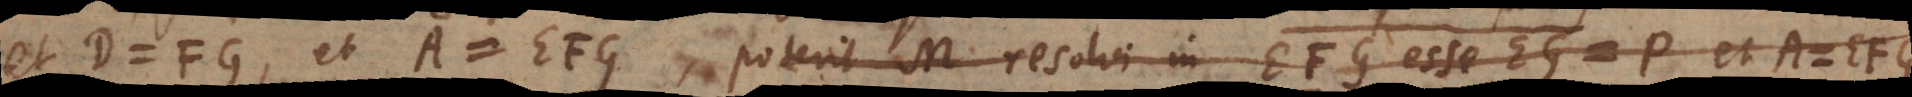
et D = FG, et A = EFG, poterit M resolvi in has duas A = EFG